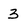
Character: 3